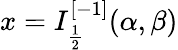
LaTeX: x=I_{\frac{1}{2}}^{[-1]}(\alpha,\beta)